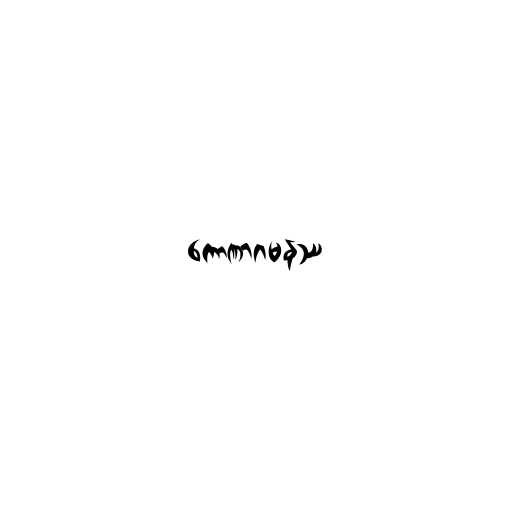
ကောဏာဂမနဿ